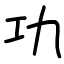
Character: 功